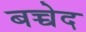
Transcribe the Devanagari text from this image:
बच्चेद